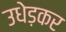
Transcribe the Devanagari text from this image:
उधेड़कर